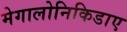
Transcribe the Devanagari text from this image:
मेगालोनिकिडाए